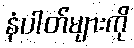
နံပါတ်များကို